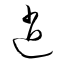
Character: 逍